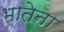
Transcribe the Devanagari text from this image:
भातेना